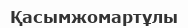
Қасымжомартұлы